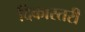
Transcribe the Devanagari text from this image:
दिकास्तरी